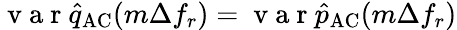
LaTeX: \mathrm{~v~a~r~}\hat{q}_{\mathrm{AC}}(m\Delta f_{r})=\mathrm{~v~a~r~}\hat{p}_{\mathrm{AC}}(m\Delta f_{r})